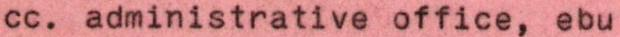
cc. administrative office, ebu